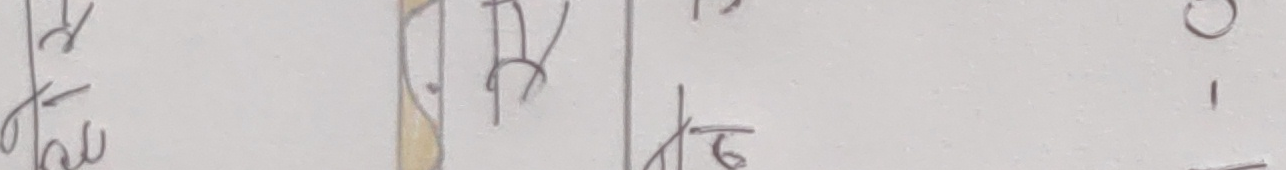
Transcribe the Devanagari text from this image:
रिँ
हुँ
छ
रु
०
।